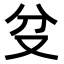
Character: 𠬰